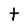
Character: t